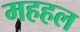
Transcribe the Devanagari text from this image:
महहल